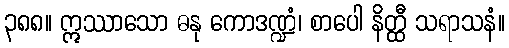
၃၈၈။ ဣဿာသော ဓနု ကောဒဏ္ဍံ၊ စာပေါ နိတ္ထီ သရာသနံ။